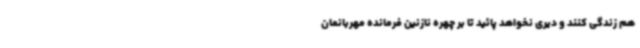
هم زندگی کنند و دیری نخواهد پائید تا بر چهره نازنین فرمانده مهربانمان